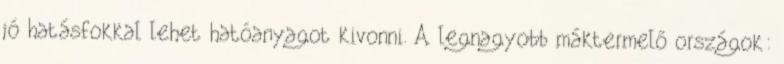
jó hatásfokkal lehet hatóanyagot kivonni. A legnagyobb máktermelő országok: